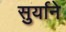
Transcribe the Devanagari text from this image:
सुर्याने